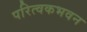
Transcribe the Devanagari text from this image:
परित्वकभवन